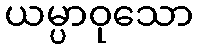
ယမ္ပာဝုသော